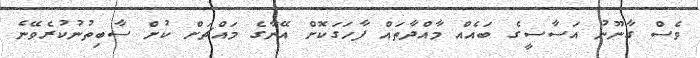
ވެސް ގާނޫނު އަސާސީގެ ބައެއް މާއްދާތައް ފާހަގަކޮށް އޭނާގެ މައްޗަށް ކުށް ސާބިތުނުކުރެވޭނެ